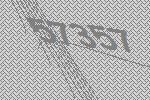
57357